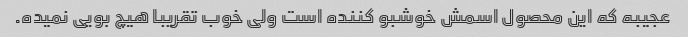
عجیبه که این محصول اسمش خوشبو کننده است ولی خوب تقریبا هیچ بویی نمیده.